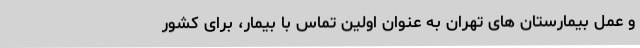
و عمل بیمارستان های تهران به عنوان اولین تماس با بیمار، برای کشور